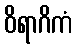
ဝိရာဂိကံ